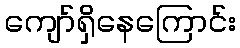
ကျော်ရှိနေကြောင်း